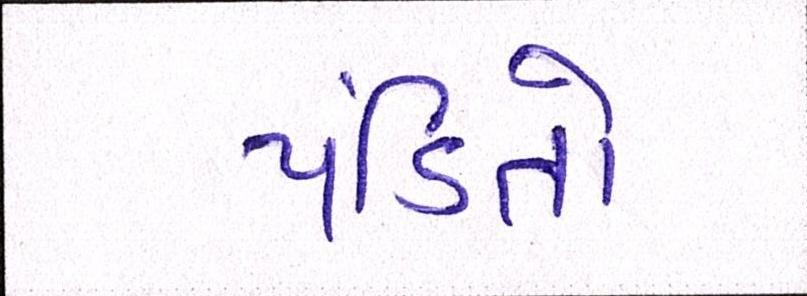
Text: પંડિતો